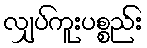
လျှပ်ကူးပစ္စည်း